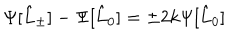
LaTeX: \Psi [ \hat { L } _ { \pm } ] - \Psi [ \hat { L } _ { 0 } ] = \pm 2 k \Psi [ \hat { L } _ { 0 } ]